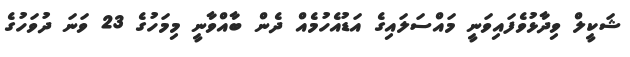
ޝަކީލް ވިދާޅުވެފައިވަނީ މައްސަލައިގެ އަޑުއެހުމެއް ދެން ބާއްވާނީ މިމަހުގެ 23 ވަނަ ދުވަހުގެ